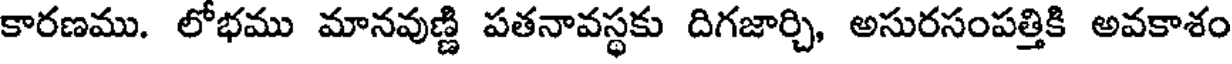
కారణము. లోభము మానవుణ్ణి పతనావస్థకు దిగజార్చి, అసురసంపత్తికి అవకాశం